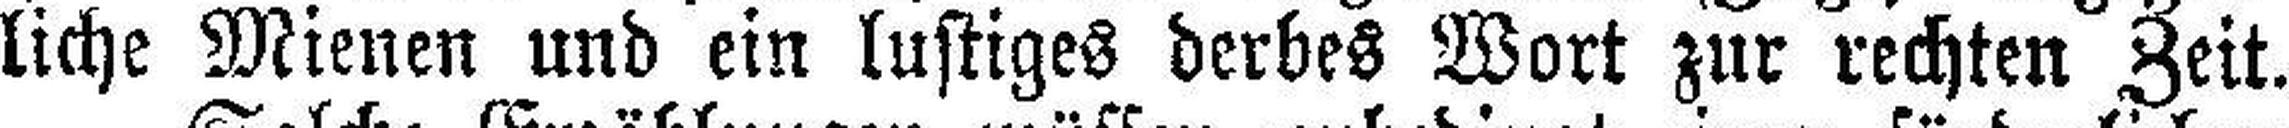
liche Mienen und ein lustiges derbes Wort zur rechten Zeit.